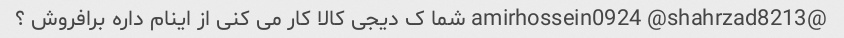
@amirhossein0924 @shahrzad8213 شما ک دیجی کالا کار می کنی از اینام داره برافروش ؟